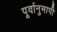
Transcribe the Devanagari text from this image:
पूर्वानुमापी